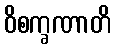
ဝိစက္ခဏာတိ